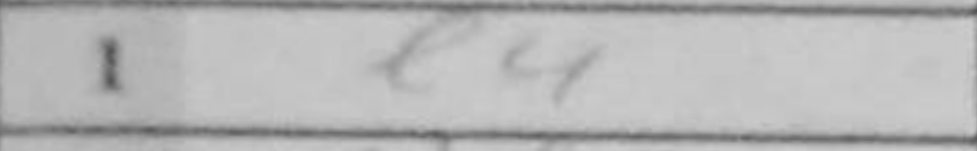
Transcription: e4